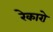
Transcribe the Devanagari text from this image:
रेकारो